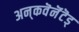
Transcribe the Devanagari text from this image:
अन्‌कवॆनॆंटॆड्